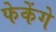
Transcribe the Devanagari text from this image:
फेकेंगे